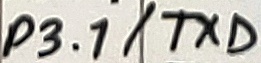
Text: P3.1/TXD